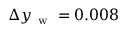
\Delta y _ { \mathrm { ~ w ~ } } = 0 . 0 0 8